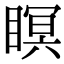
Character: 瞑